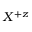
X ^ { + z }